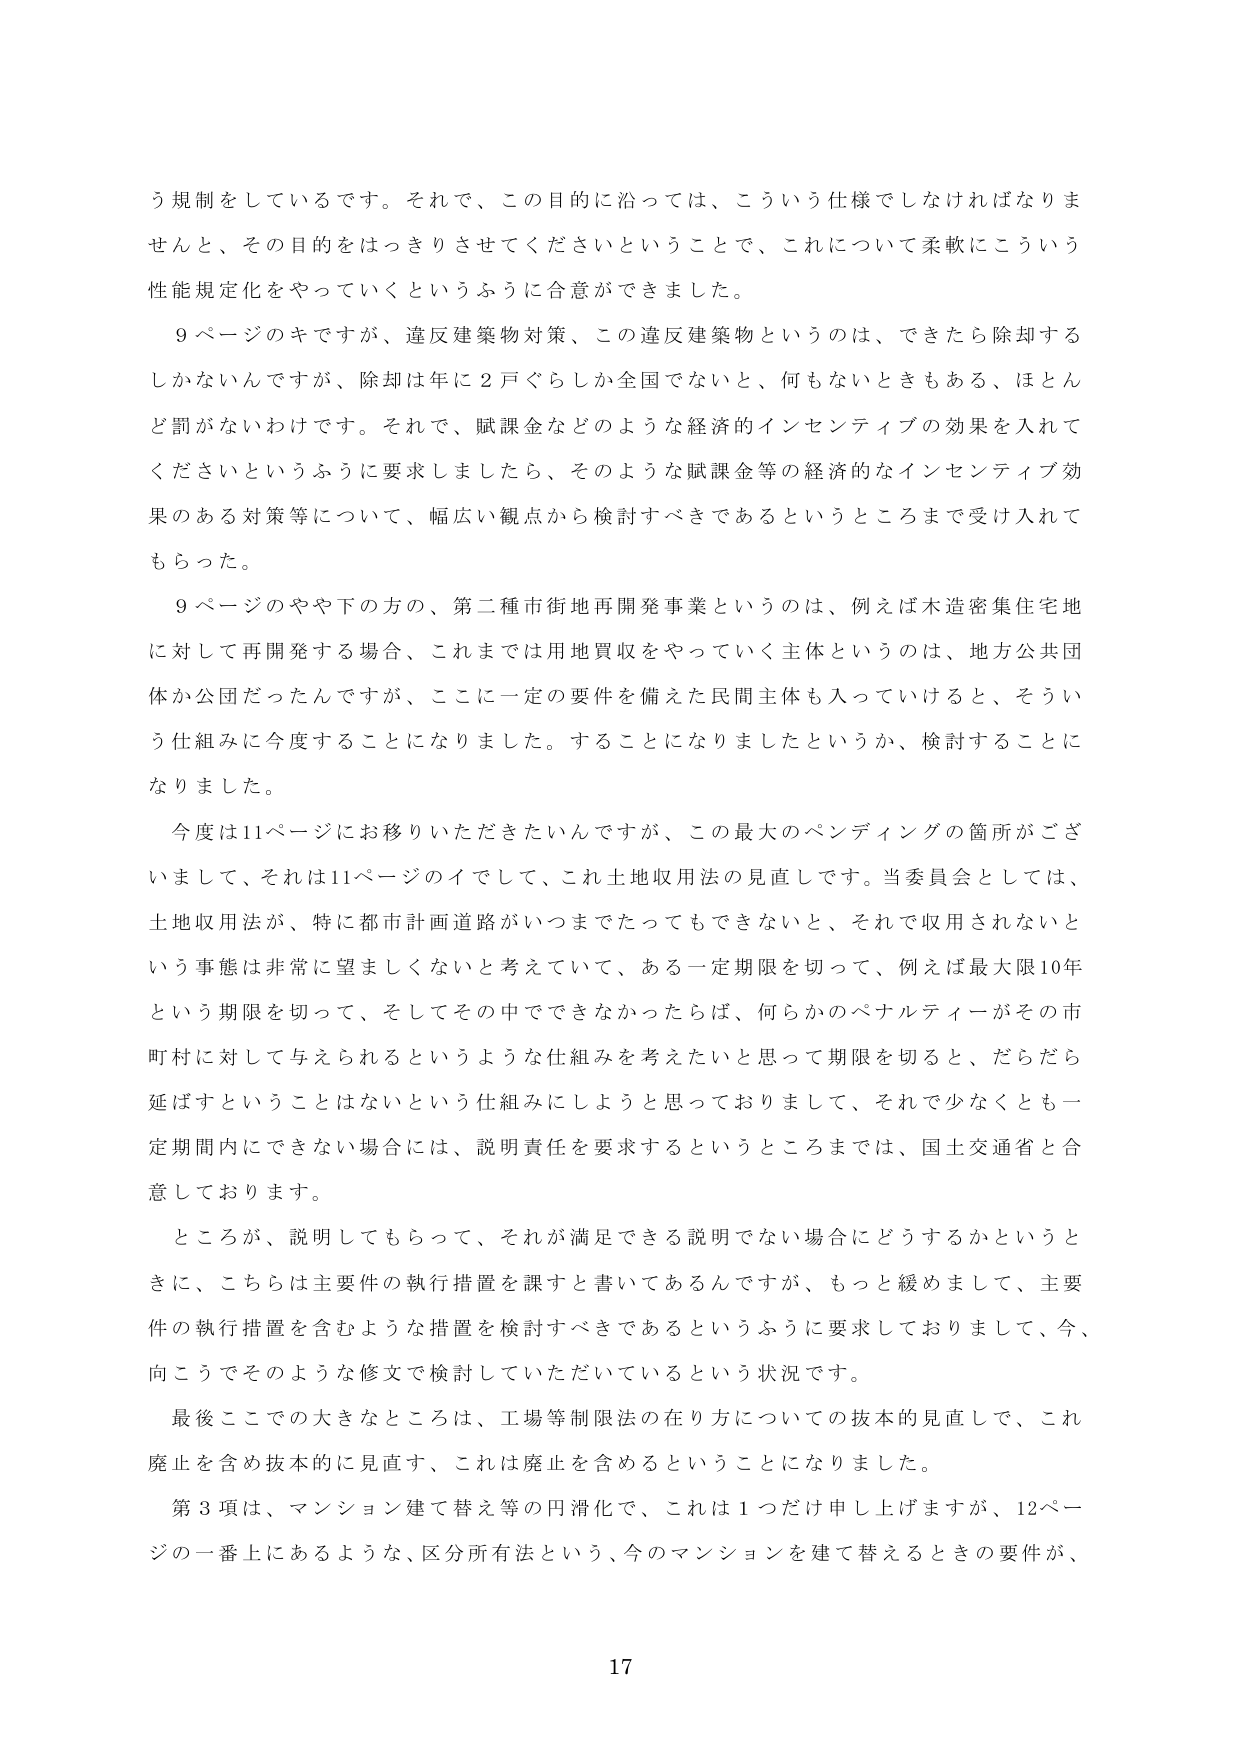
う規制をしているです。それで、この目的に沿っては、こういう仕様でしなければなりませんと、その目的をはっきりさせてくださいということで、これについて柔軟にこういう性能規定化をやっていくというふうに合意ができました。

９ページのキですが、違反建築物対策、この違反建築物というのは、できたら除却するしかないんですが、除却は年に２戸ぐらいしか全国でないと、何もないときもある、ほとんど罰がないわけです。それで、賦課金などのような経済的インセンティブの効果を入れてくださいというふうに要求しましたら、そのような賦課金等の経済的なインセンティブ効果のある対策等について、幅広い観点から検討すべきであるというところまで受け入れてもらった。

９ページのやや下の方の、第二種市街地再開発事業というのは、例えば木造密集住宅地に対して再開発する場合、これまでは用地買収をやっていく主体というのは、地方公共団体か公団だったんですが、ここに一定の要件を備えた民間主体も入っていけると、そういう仕組みに今度することになりました。することになりましたというか、検討することになりました。

今度は11ページにお移りいただきたいんですが、この最大のペンディングの箇所がございまして、それは11ページのイとして、これ土地収用法の見直しです。当委員会としては、土地収用法が、特に都市計画道路がいつまでたってもできないと、それで収用されないという事態は非常に望ましくないと考えていて、ある一定期限を切って、例えば最大限10年という期限を切って、そしてその中でできなかったならば、何らかのペナルティーガその市町村に対して与えられるというような仕組みを考えたいと思って期限を切ると、だらだら延ばすということはないという仕組みにしようと思っておりまして、それで少なくとも一定期間内にできない場合には、説明責任を要求するというところまでは、国土交通省と合意しております。

ところが、説明してもらって、それが満足できる説明でない場合にどうするかというときに、こちらは主要件の執行措置を課すと書いてあるんですが、もっと緩めまして、主要件の執行措置を含むような措置を検討すべきであるというふうに要求しておりまして、今、向こうでそのような修文で検討していただいているという状況です。

最後ここで大きなところは、工場等制限法の在り方についての抜本的見直しで、これ廃止を含め抜本的に見直す、これは廃止を含めるということになりました。

第３項は、マンション建て替え等の円滑化で、これは１つだけ申し上げますが、12ページの一番上にあるような、区分所有法という、今のマンションを建て替えるときの要件が、

17